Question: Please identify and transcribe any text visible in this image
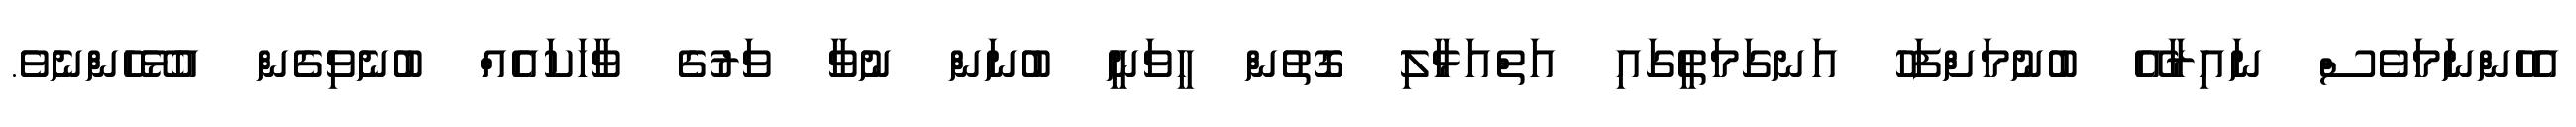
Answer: އެހެންނަމަވެސް ނައިރާއޭ ބުނުމަށްފަހު އަނގަމަތީގައި އަތްއަޅާލި ގޮތުން ހީވަނީ ބުނަން ނުވާ ވަރުގެ ވާހަކައެއް ބުނެވިގެން އުޅޭހެންނެވެ.